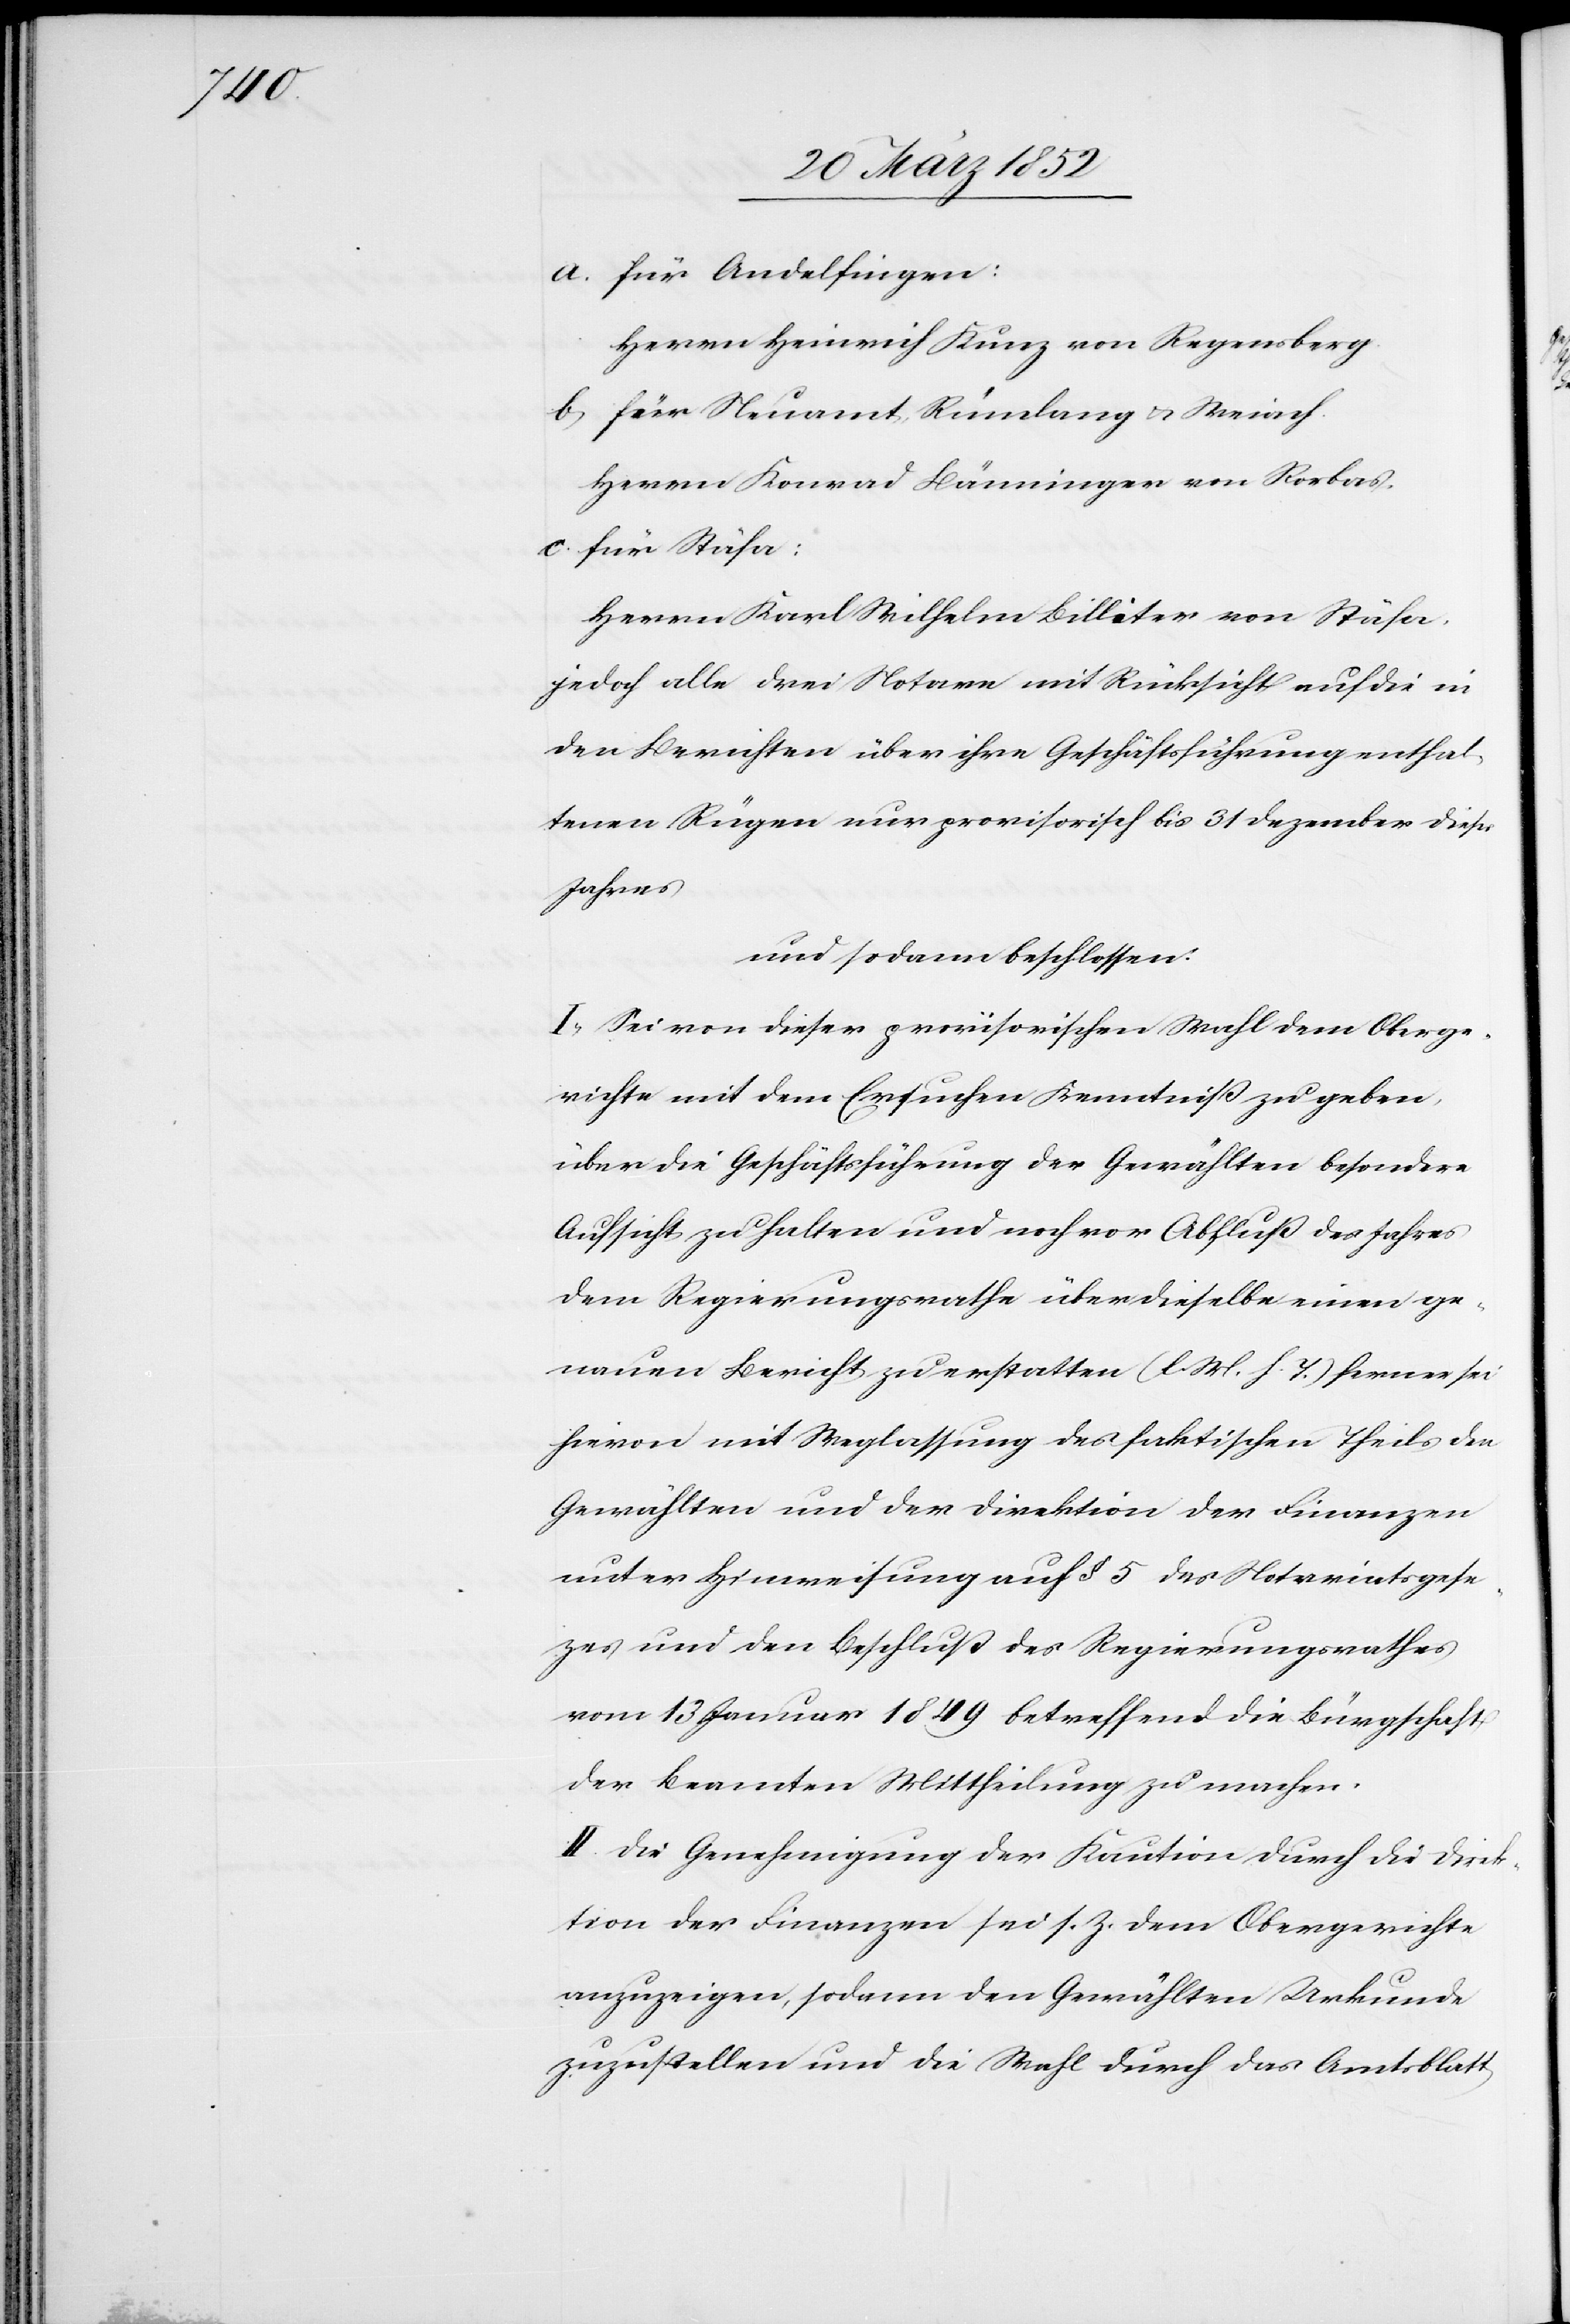
a. für Andelfingen:
Herrn Heinrich Kunz von Regensberg.
b. für Neuamt, Rümlang u. Weiach.
Herrn Konrad Bänninger von Rorbas.
c. für Stäfa:
Herrn Karl Wilhelm BIlleter von Stäfa,
jedoch alle drei Notare mit Rücksicht auf die in
den Berichten über ihre Geschäftsführung enthal¬
tenen Rügen nur provisorisch bis 31 Dezember dieses
Jahres
und sodann beschlossen:
1. Sei von dieser provisorischen Wahl dem Oberge¬
richte mit dem Ersuchen Kenntniß zu geben,
über die Geschäftsführung der Gewählten besondere
Aufsicht zu halten und noch vor Abfluß des Jahres
dem Regierungsrathe über dieselben einen ge¬
nauen Bericht zu erstatten (l. M. h. T.) ferner sei
hievon mit Weglassung des faktischen Theils den
Gewählten und der Direktion der Finanzen
unter Hinweisung auf § 5 des Notariatsgese¬
zes und den Beschluß des Regierungsrathes
vom 13 Januar 1849 betreffend die Bürgschaft
der Beamten Mittheilung zu machen.
II. Die Genehmigung der Kaution durch die Direk¬
tion der Finanzen sei s. Z. dem Obergerichte
anzuzeigen, sodann den Gewählten Urkunde
zuzustellen und die Wahl durch das Amtsblatt